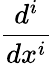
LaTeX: \frac{d^{i}}{dx^{i}}